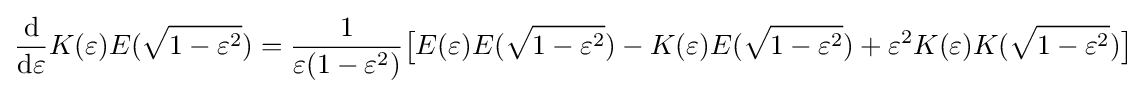
{\frac {\mathrm {d} }{\mathrm {d} \varepsilon }}K(\varepsilon )E({\sqrt {1-\varepsilon ^{2}}})={\frac {1}{\varepsilon (1-\varepsilon ^{2})}}{\bigl [}E(\varepsilon )E({\sqrt {1-\varepsilon ^{2}}})-K(\varepsilon )E({\sqrt {1-\varepsilon ^{2}}})+\varepsilon ^{2}K(\varepsilon )K({\sqrt {1-\varepsilon ^{2}}}){\bigr ]}